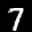
Label: 7